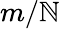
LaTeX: m/\mathbb{N}